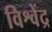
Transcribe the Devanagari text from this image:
विश्वेंद्र